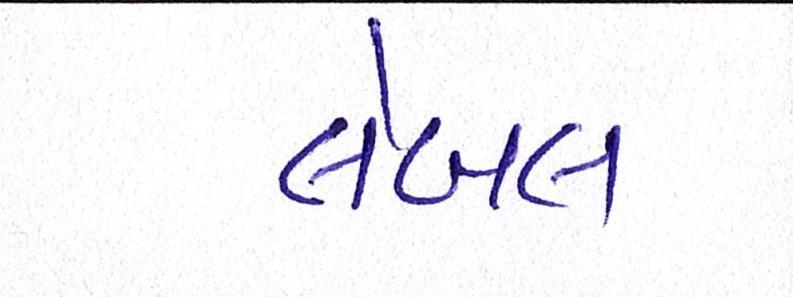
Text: લેબલ